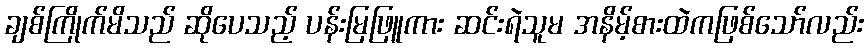
ချစ်ကြိုက်မိသည် ဆိုပေသည့် ပန်းမြဖြူကား ဆင်းရဲသူမ အနိမ့်စားထဲကဖြစ်သော်လည်း